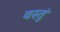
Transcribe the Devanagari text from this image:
वस्तुं